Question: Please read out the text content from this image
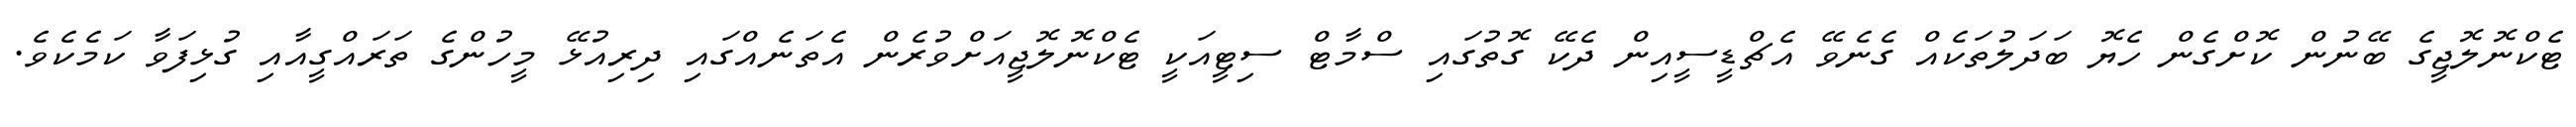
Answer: ޓެކްނޮލޮޖީގެ ބޭނުން ކޮށްގެން ހެޔޮ ބަދަލުތަކެއް ގެނެވޭ އެޗްޑީސީއިން ދެކޭ ގޮތުގައި ސްމާޓް ސިޓީއަކީ ޓެކްނޮލޮޖީއަށްވުރެން އެތަނެއްގައި ދިރިއުޅޭ މީހުންގެ ތަރައްގީއާއި ގުޅިފަވާ ކަމެކެވެ.